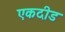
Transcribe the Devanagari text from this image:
एकदीड